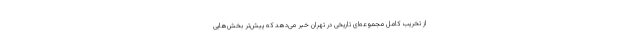
از تخریب کامل مجموعه‌ای تاریخی در تهران خبر می‌دهد که پیش‌تر بخش‌هایی